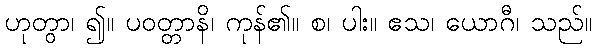
ဟုတွာ၊ ၍။ ပဝတ္တာနိ၊ ကုန်၏။ စ၊ ပါး။ ဧသ၊ ယောဂီ၊ သည်။